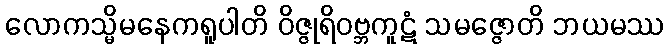
လောကသ္မိမနေကရူပါတိ ဝိဇ္ဇုရိဝဗ္ဘကူဋံ သမဇ္ဇောတိ ဘယမဿ